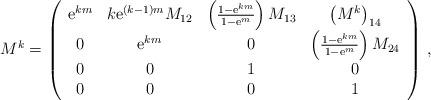
LaTeX: \begin{align*}M^k = \left( \begin{array}{cccc} {\rm e}^{km} & k {\rm e}^{(k-1)m} M_{12} & \left( \frac{1-{\rm e}^{km}}{1-{\rm e}^{m}}\right) M_{13} & \left(M^{k}\right)_{14} \\ 0 & {\rm e}^{km} & 0 & \left( \frac{1-{\rm e}^{km}}{1-{\rm e}^{m}}\right)M_{24} \\ 0 & 0 & 1& 0 \\ 0 & 0 & 0 & 1\end{array} \right)\, ,\end{align*}